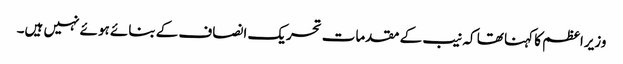
وزیراعظم کا کہنا تھا کہ نیب کے مقدمات تحریک انصاف کے بنائے ہوئے نہیں ہیں۔